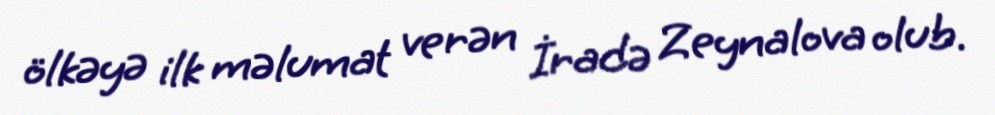
ölkəyə ilk məlumat verən İradə Zeynalova olub.